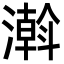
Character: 濣